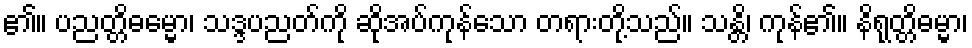
၏။ ပညတ္တိဓမ္မော၊ သဒ္ဒပညတ်ကို ဆိုအပ်ကုန်သော တရားတို့သည်။ သန္တိ၊ ကုန်၏။ နိရုတ္တိဓမ္မာ၊